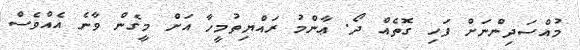
މުއްސަދިންނަށް ފަހި ގޮތެއް ދޯ. ޢާންމު ރައްޔިތުމީހާ އަށް މީގެން ވާނެ އެއްވެސް